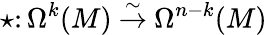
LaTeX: \star\colon\Omega^{k}(M)\ {\stackrel{\sim}{\to}}\ \Omega^{n-k}(M)